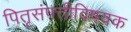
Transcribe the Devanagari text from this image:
पितृसंपत्तीविषयक